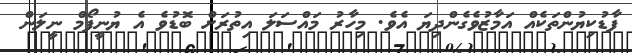
ފާޑުކިޔުންތަކެއް އަމާޒުވެގެންދިޔަ އެވެ. މިހާރު މައްސަލަ އިތުރަށް ބޮޑުވެ އެ ޔުނީފޯމް ނީލަން